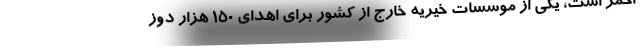
احمر است، یکی از موسسات خیریه خارج از کشور برای اهدای ۱۵۰ هزار دوز